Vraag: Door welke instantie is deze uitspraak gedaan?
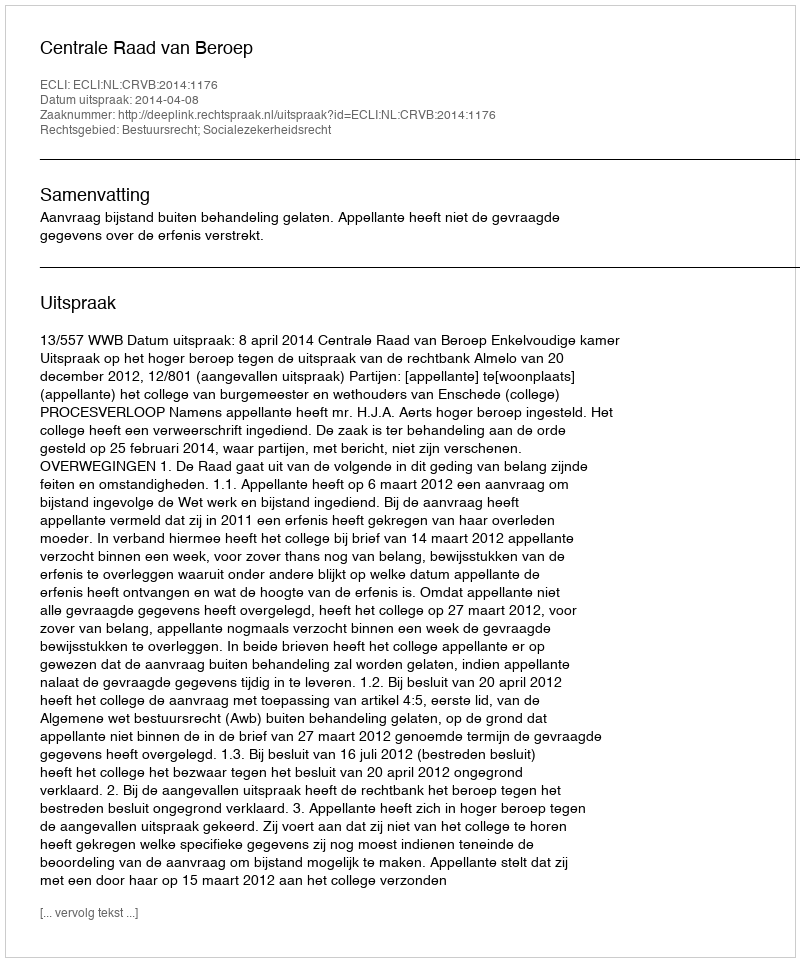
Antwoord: Centrale Raad van Beroep